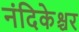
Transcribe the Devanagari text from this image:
नंदिकेश्चर